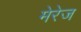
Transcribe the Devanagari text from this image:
मेरेज